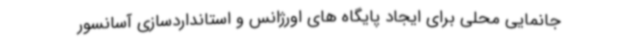
جانمایی محلی برای ایجاد پایگاه های اورژانس و استانداردسازی آسانسور